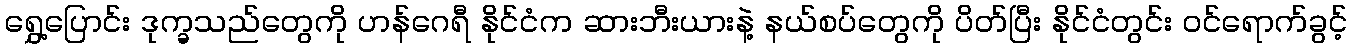
ရွှေ့ပြောင်း ဒုက္ခသည်တွေကို ဟန်ဂေရီ နိုင်ငံက ဆားဘီးယားနဲ့ နယ်စပ်တွေကို ပိတ်ပြီး နိုင်ငံတွင်း ဝင်ရောက်ခွင့်